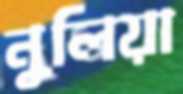
নুলিয়া